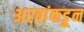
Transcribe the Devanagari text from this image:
अरबांकडून